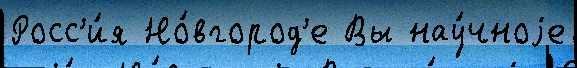
Росс'и́я Но́вгород'е Вы нау́чноjе